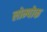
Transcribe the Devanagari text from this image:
लोम्पोक